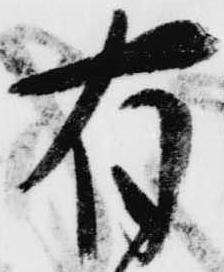
有